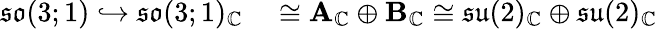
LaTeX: \begin{array}{rl}{{\mathfrak{so}}(3;1)\hookrightarrow{\mathfrak{so}}(3;1)_{\mathbb{C}}}&{{}\cong\mathbf{A}_{\mathbb{C}}\oplus\mathbf{B}_{\mathbb{C}}\cong{\mathfrak{su}}(2)_{\mathbb{C}}\oplus{\mathfrak{su}}(2)_{\mathbb{C}}}\end{array}